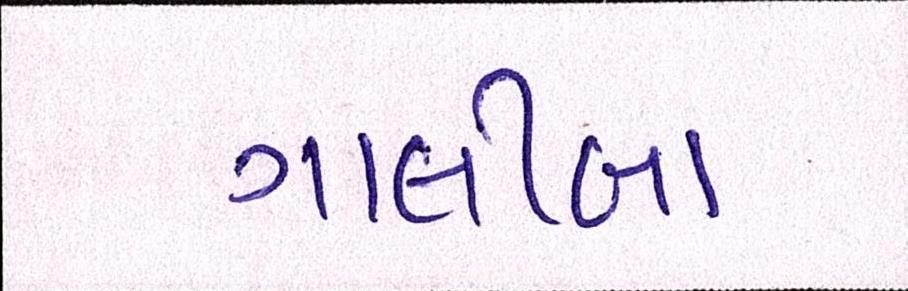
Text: ગાલીબા